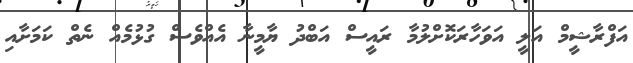
އަފްރާޝީމް އަލީ އަވަހާރަކޮށްލުމާ ރައީސް އަބްދު ޔާމީނާ އެއްވެސް ގުޅުމެއް ނެތް ކަމަށާއި